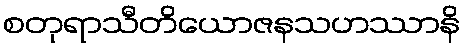
စတုရာသီတိယောဇနသဟဿာနိ